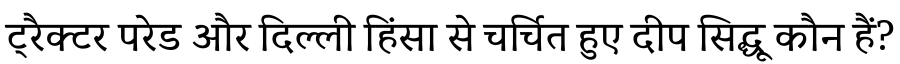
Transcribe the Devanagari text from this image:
ट्रैक्टर परेड और दिल्ली हिंसा से चर्चित हुए दीप सिद्धू कौन हैं?